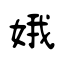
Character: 娥